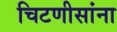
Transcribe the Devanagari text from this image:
चिटणीसांना